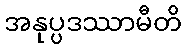
အနုပ္ပဒဿာမီတိ